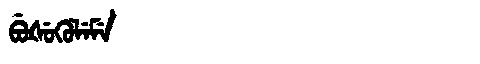
Manchu: ᠪᡠᡧᡠᡴᡠᠯᡝᠮᡝ
Romanization: BUŠUKULEME